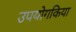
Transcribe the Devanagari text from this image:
उपयोगकिया